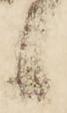
候